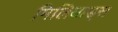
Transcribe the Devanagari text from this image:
मिलियाड्स